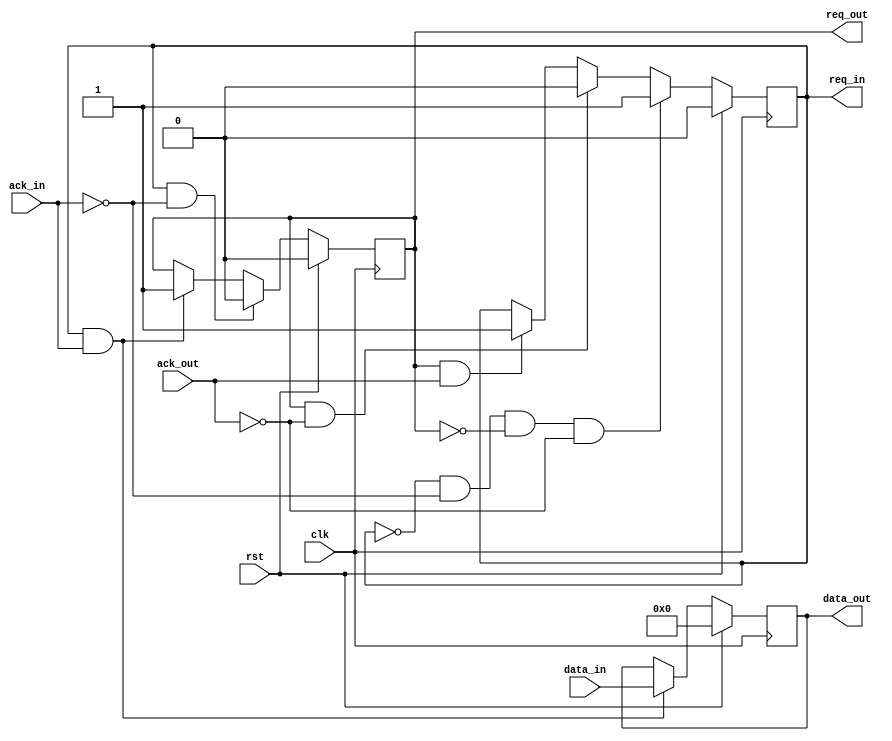
`timescale 1ns / 1ps

module filter
 #(parameter DWIDTH = 16,
   parameter DDWIDTH = 2*DWIDTH,
	parameter L = 160,
	parameter L_LOG = 8,
	parameter M = 147,
	parameter M_LOG = 8,
	parameter CWIDTH = 4*L,
	parameter NR_STREAMS = 16,
    parameter NR_STREAMS_LOG = 4)
  (input clk,
   input rst,
	output req_in,
	input ack_in,
	input [0:DWIDTH-1] data_in,
	output req_out,
	input ack_out,
	output [0:DWIDTH-1] data_out);

    // Output request register
    reg req_out_buf;
    assign req_out = req_out_buf;

    // Input request register
    reg req_in_buf;
    assign req_in = req_in_buf;
	 
    // Accumulator (assigned to output directly)
    reg signed [0:DWIDTH-1] sum;
    assign data_out = sum;
	 
  
    always @(posedge clk) begin
        // Reset => initialize
        if (rst) begin
            req_in_buf <= 0;
            req_out_buf <= 0;
            sum <= 0;				
        end
        // !Reset => run
        else begin
		  
            // Read handshake complete
            if (req_in && ack_in) begin
                sum <= data_in;					              					 
				req_out_buf <= 1;                					  
            end			   				
				
			   //Read handshake is pending then stop producing output
			if (req_in && !ack_in) begin              
               req_out_buf <= 0;
            end 
								
            // Write handshake complete
            if (req_out && ack_out) begin                				   
				   req_in_buf <= 1; 
            end 

            //Write handshake is pending then stop acquiring output.
            if (req_out && !ack_out) begin                			                  
				   req_in_buf <= 0;
            end 			            			  
				
            // Idle state
            if (!req_in && !ack_in && !req_out && !ack_out) begin                		
              req_in_buf <= 1;					
            end
				
        end
    end

endmodule